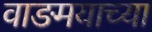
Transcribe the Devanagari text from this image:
वाङमयाच्या